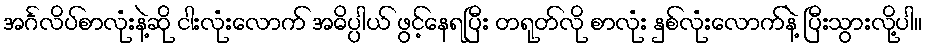
အင်္ဂလိပ်စာလုံးနဲ့ဆို ငါးလုံးလောက် အဓိပ္ပါယ် ဖွင့်နေရပြီး တရုတ်လို စာလုံး နှစ်လုံးလောက်နဲ့ ပြီးသွားလို့ပါ။